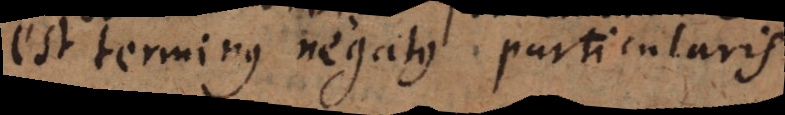
est terminus negatus particularis